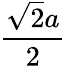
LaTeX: \frac{\sqrt{2}a}{2}